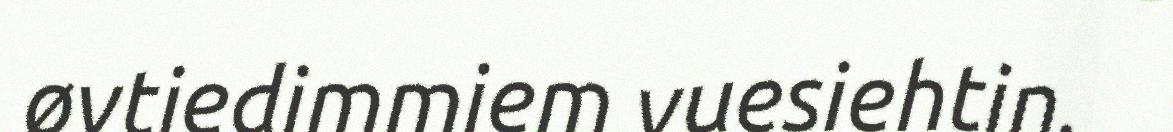
øvtiedimmiem vuesiehtin.